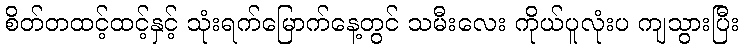
စိတ်တထင့်ထင့်နှင့် သုံးရက်မြောက်နေ့တွင် သမီးလေး ကိုယ်ပူလုံးပ ကျသွားပြီး